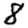
Digit: 8